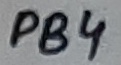
Text: PB4